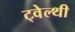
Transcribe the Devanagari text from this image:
ट्वेल्‍थी